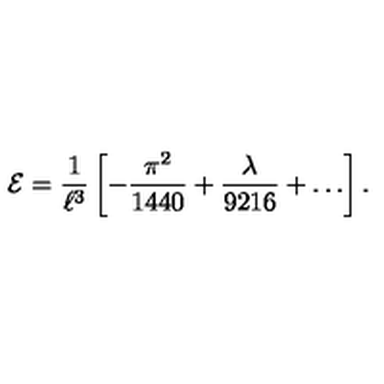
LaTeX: { \cal E } = \frac { 1 } { \ell ^ { 3 } } \left[ - \frac { \pi ^ { 2 } } { 1 4 4 0 } + \frac { \lambda } { 9 2 1 6 } + \ldots \right] .